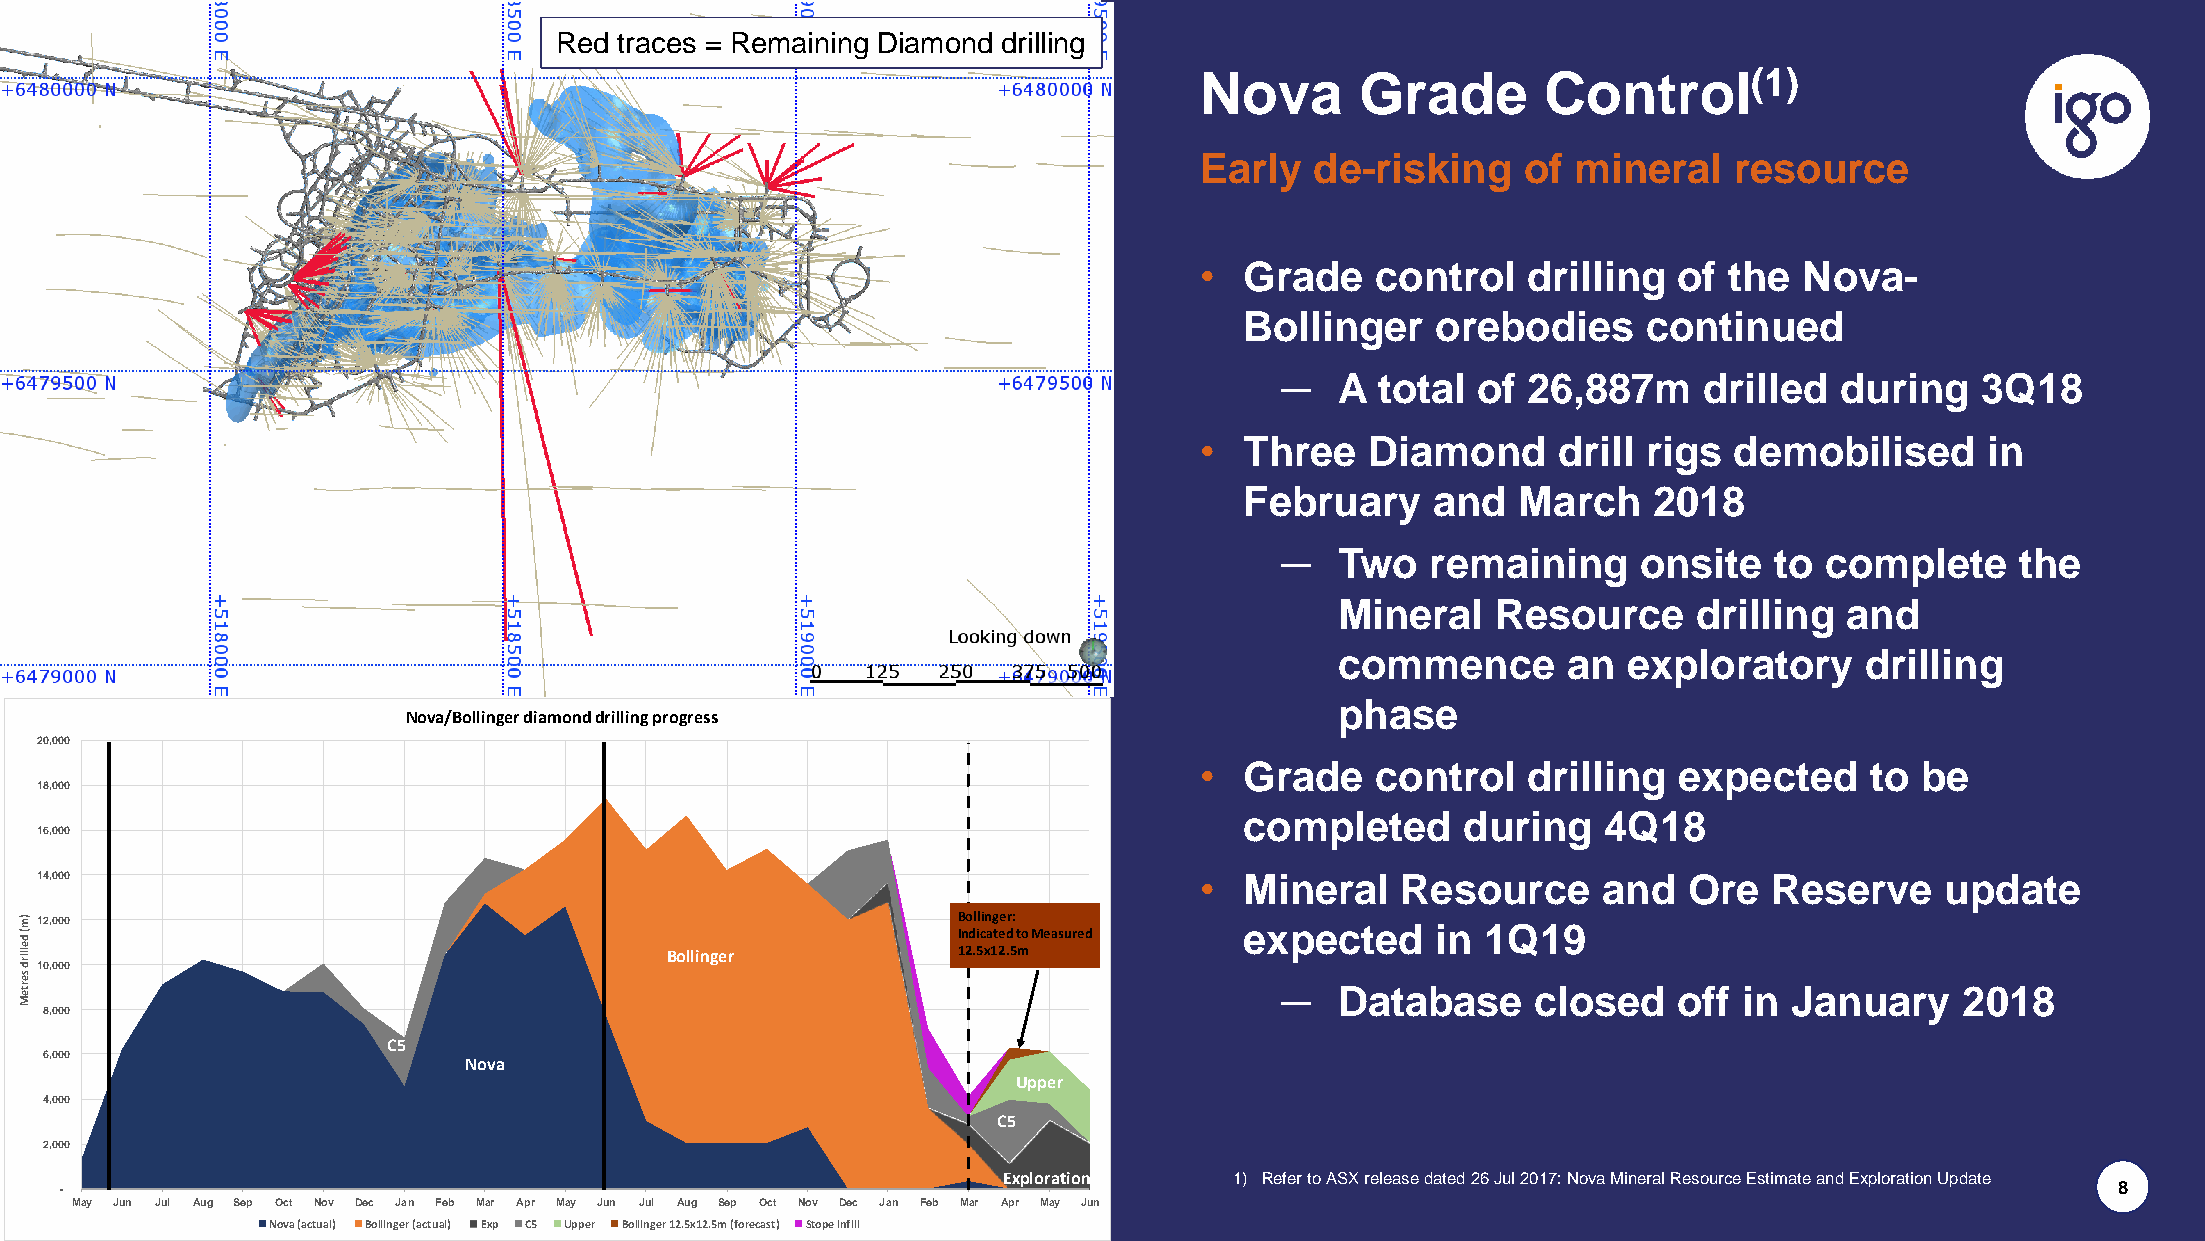
Red traces = Remaining Diamond drilling
 Nova       Grade       Control(1)
 Early   de-risking    of mineral    resource
 •  Grade    control   drilling  of the  Nova-
 Bollinger    orebodies     continued
 ─   A total  of 26,887m     drilled  during   3Q18
 •  Three    Diamond     drill rigs  demobilised      in
 February     and   March   2018
 ─   Two   remaining     onsite  to  complete     the
 Mineral   Resource     drilling  and
 commence       an  exploratory    drilling
 phase
 Nova/Bollinger diamond drilling progress
 20,000
 •  Grade    control   drilling  expected     to be
 18,000
 completed      during   4Q18
 16,000
 14,000                                                                       •  Mineral    Resource     and   Ore  Reserve     update
 )m 12,000                                                     Bollinger:         expected     in 1Q19
 (
 d
 Indicated to Measured
 ellird
 se
 10,000
 Bollinger          12.5x12.5m
 rteM                                                                                ─   Database     closed   off in  January    2018
 8,000
 C5
 6,000                       Nova
 Upper
 4,000
 C5
 2,000
 Exploration     1) Refer to ASX release dated 26 Jul 2017: Nova Mineral Resource Estimate and Exploration Update
 -                                                                                                                                       8
 May Jun Jul Aug Sep Oct Nov Dec Jan Feb Mar Apr May Jun Jul Aug Sep Oct Nov Dec Jan Feb Mar Apr May Jun
 Nova (actual) Bollinger (actual) Exp C5 Upper Bollinger 12.5x12.5m (forecast) Stope infill